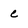
Character: c